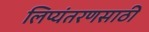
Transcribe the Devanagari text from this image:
लिप्यंतरणसाठी